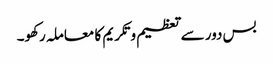
بس دور سے تعظیم و تکریم کا معاملہ رکھو۔